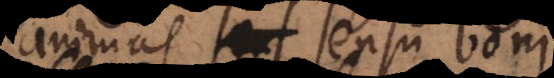
animas sensu boni